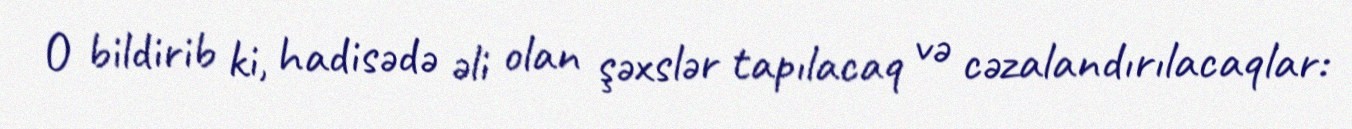
O bildirib ki, hadisədə əli olan şəxslər tapılacaq və cəzalandırılacaqlar: